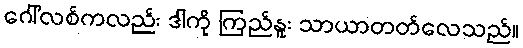
ဂေါ်လစ်ကလည်း ဒါကို ကြည်နူး သာယာတတ်လေသည်။